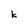
Character: k